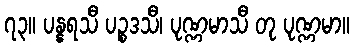
၇၃။ ပန္နရသီ ပဉ္စဒသီ၊ ပုဏ္ဏမာသီ တု ပုဏ္ဏမာ။